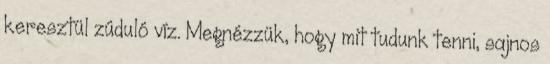
keresztül zúduló víz. Megnézzük, hogy mit tudunk tenni, sajnos